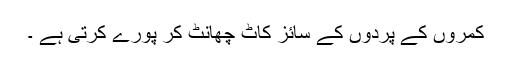
کمروں کے پردوں کے سائز کاٹ چھانٹ کر پورے کرتی ہے ۔